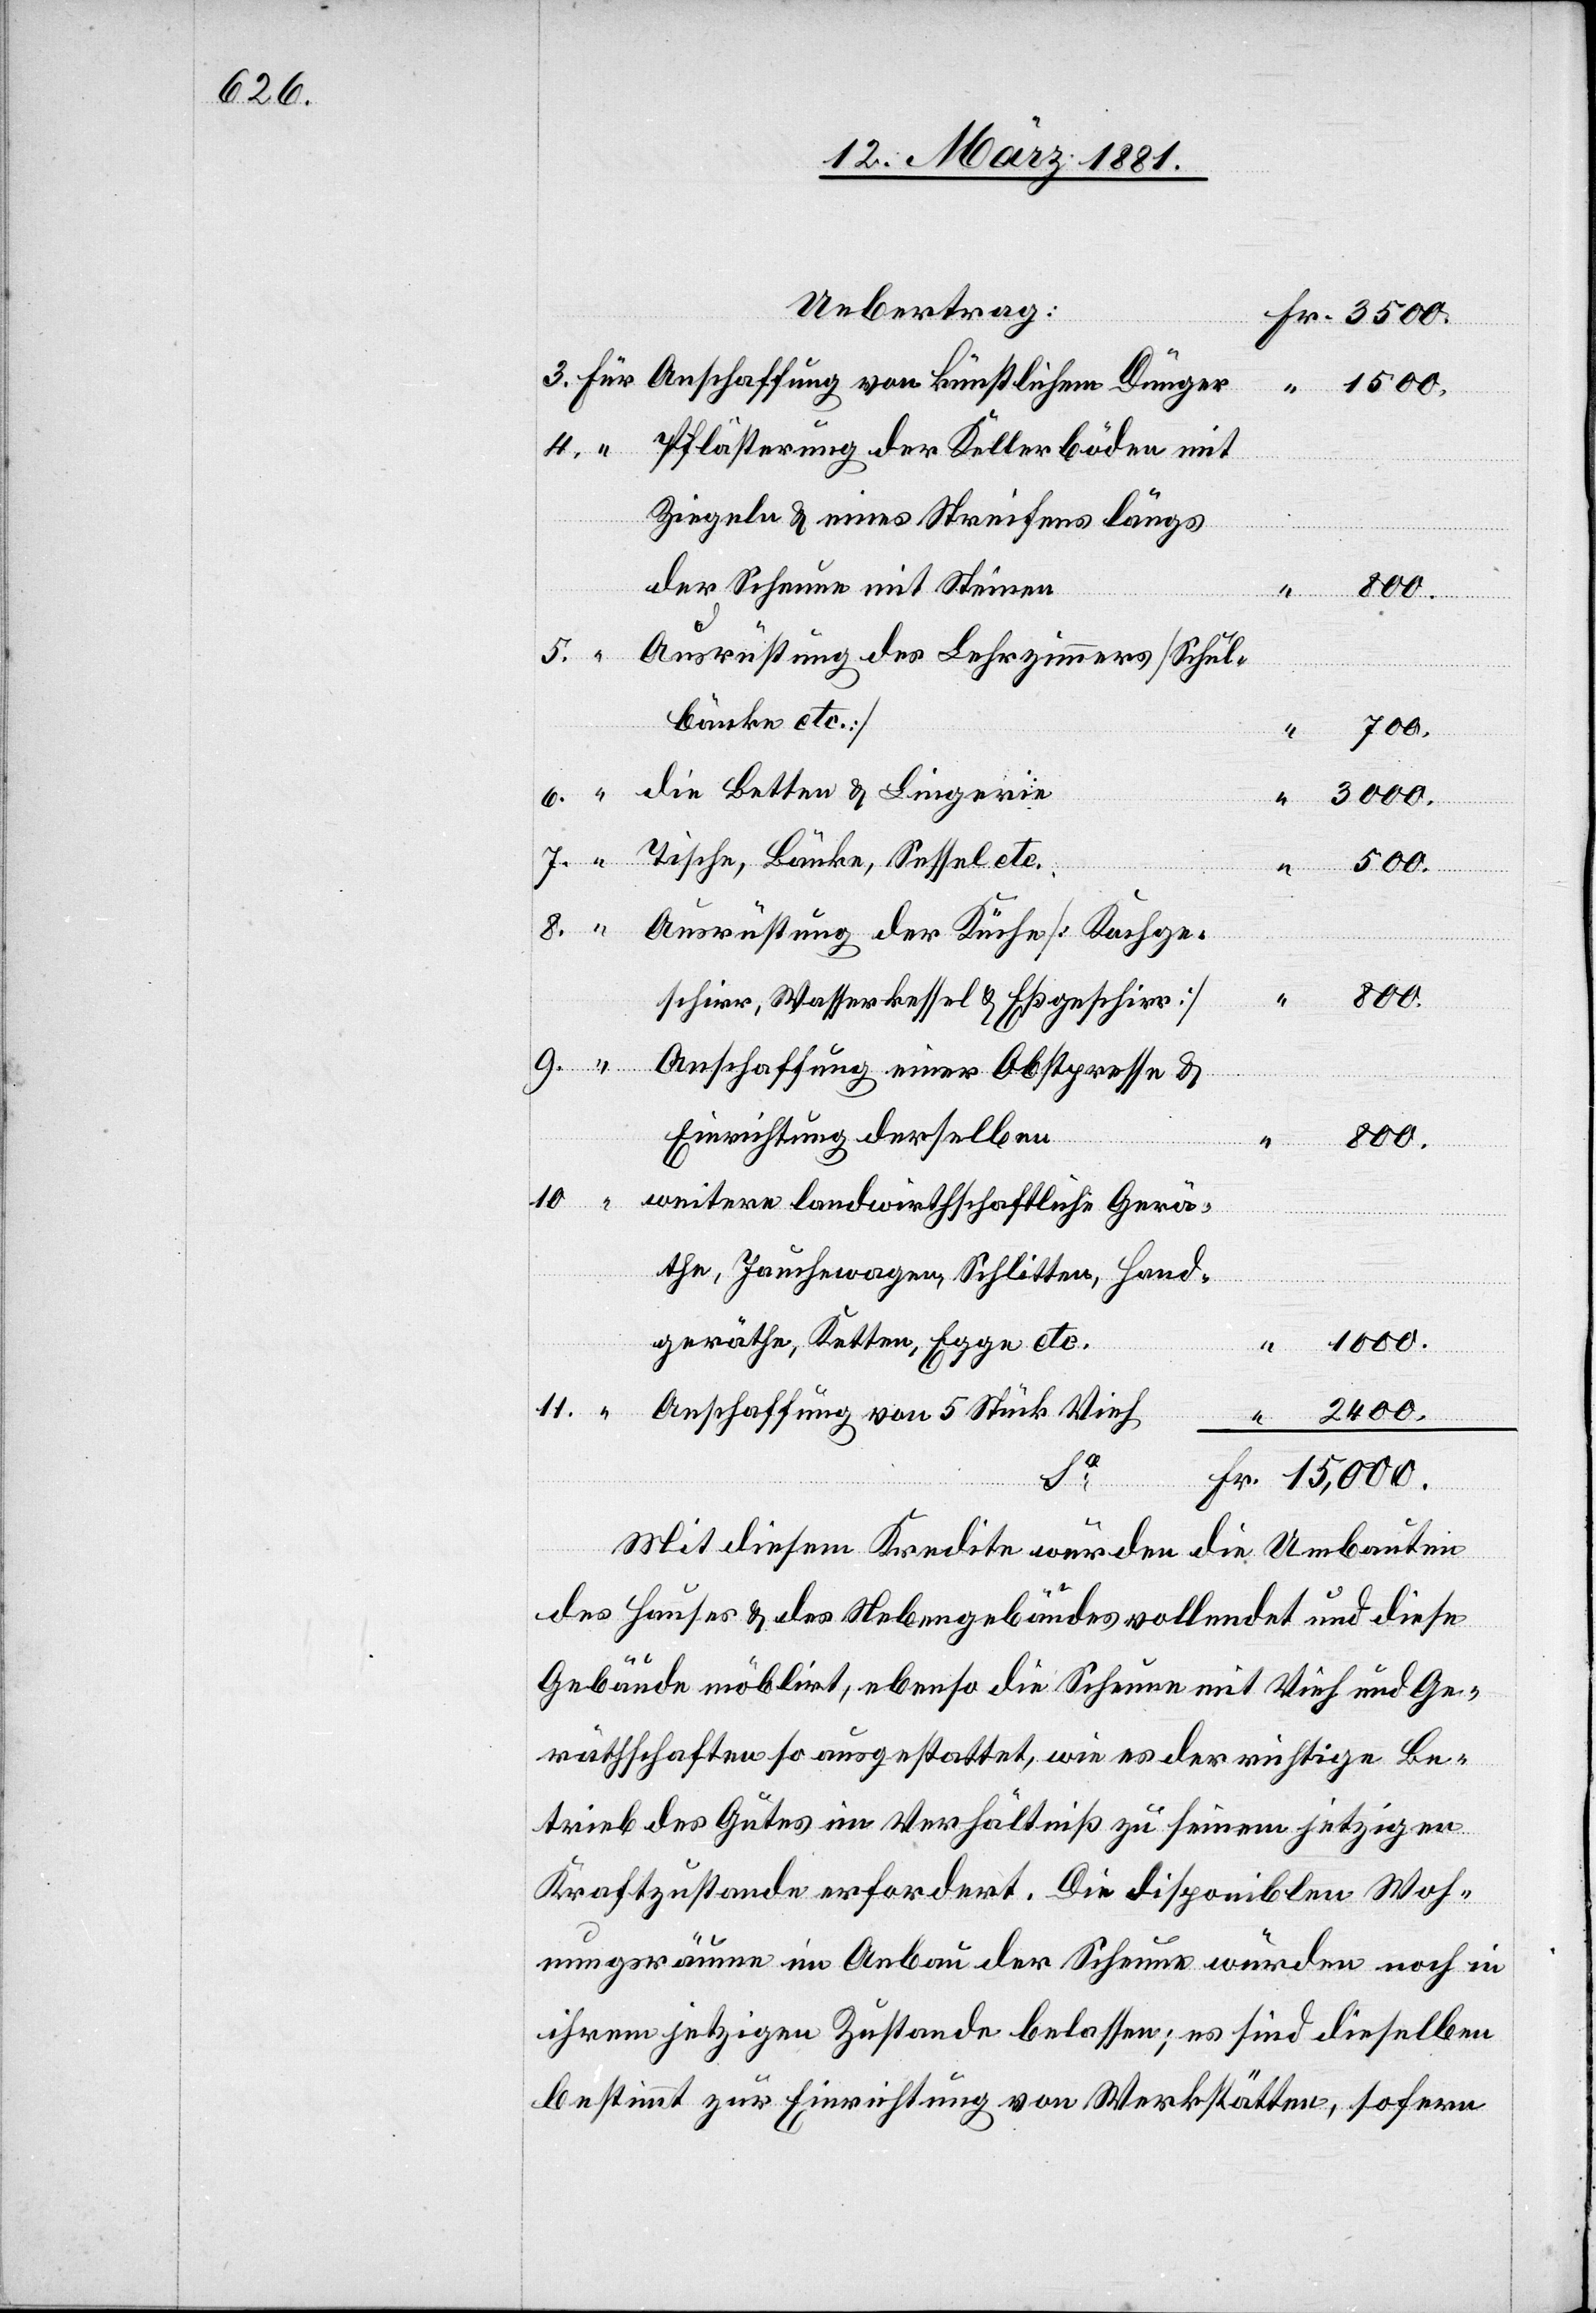
Uebertrag:
Pflästerung der Kellerböden mit
Ziegeln & eines Streifens längs
9.
der Scheune mit Steinen
800.
5.
Ausrüstung des Lehrzimmers [Schul¬
bänke etc.]
700.
dieselben
die Betten & Lingerie
3000.
Tische, Bänke, Sessel etc.
sen; es
sind
500.
belas¬
Ausrüstung der Küche [Kochge¬
schirr, Wasserkessel & Eßgeschirr]
Anschaffung einer Obstpresse &
Einrichtung derselben
800.
10.
weitere landwirthschaftliche Gerä¬
the, Jauchewagen, Schlitten, Hand¬
geräthe, Ketten, Egge etc.
15,000.
11.
Anschaffung von 5 Stück Vieh
2400.
Sa
Mit diesem Kredite wurden die Umbauten
des Hauses & des Nebengebäudes vollendet und diese
Gebäude möblirt, ebenso die Scheune mit Vieh und Ge¬
räthschaften so ausgestattet, wie es der richtige Be¬
trieb des Gutes im Verhältniß zu seinem jetzigen
bestimmt zur Einrichtung von Werkstätten, sofern